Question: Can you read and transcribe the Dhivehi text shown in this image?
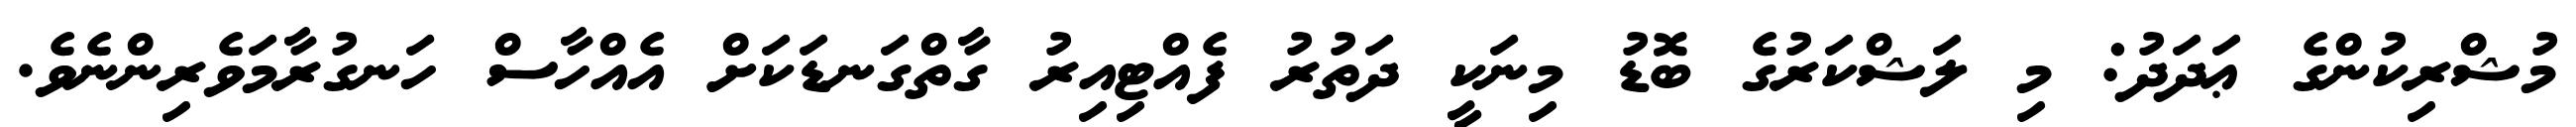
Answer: މުޝްރިކުންގެ ޢަދަދު: މި ލަޝްކަރުގެ ބޮޑު މިނަކީ ދަތުރު ފެއްޓިއިރު ގާތްގަނޑަކަށް އެއްހާސް ހަނގުރާމަވެރިންނެވެ.